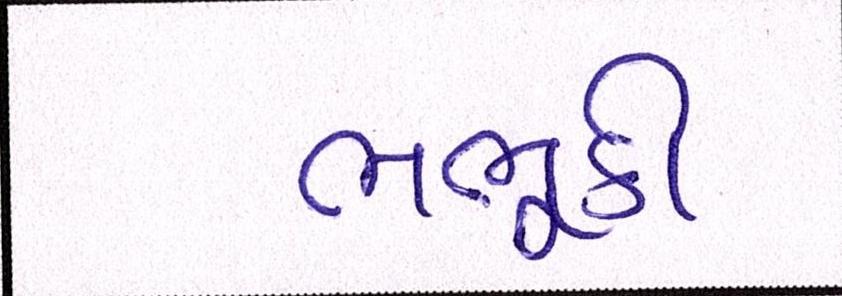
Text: ભભૂકી